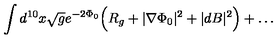
\int d ^ { 1 0 } x \sqrt { g } e ^ { - 2 \Phi _ { 0 } } \Bigl ( R _ { g } + | \nabla \Phi _ { 0 } | ^ { 2 } + | d B | ^ { 2 } \Bigr ) + \ldots